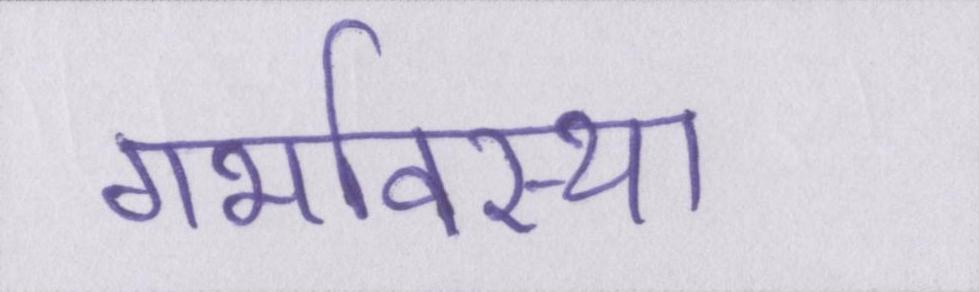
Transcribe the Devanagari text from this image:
गर्भावस्था